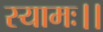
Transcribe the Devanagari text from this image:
स्यामः।।